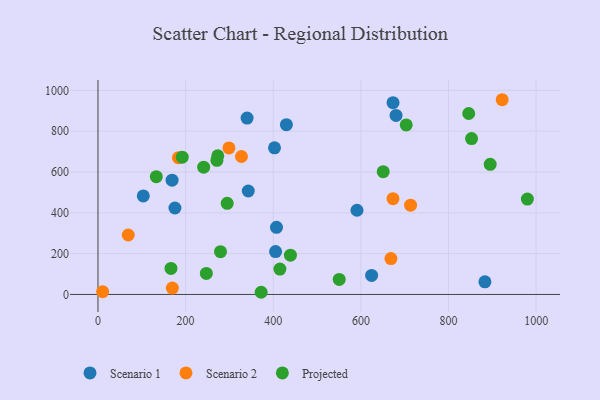
{"axis": {"x": "Speed", "y": "Exam Score"}, "legend": ["Projected", "Scenario 1", "Scenario 2"], "data": [{"x": "405.3", "y": 209.9, "type": "Scenario 1"}, {"x": "169.1", "y": 560.1, "type": "Scenario 1"}, {"x": "103.4", "y": 482.8, "type": "Scenario 1"}, {"x": "673.4", "y": 939.5, "type": "Scenario 1"}, {"x": "175.6", "y": 423.7, "type": "Scenario 1"}, {"x": "883.1", "y": 61.8, "type": "Scenario 1"}, {"x": "343.0", "y": 507.0, "type": "Scenario 1"}, {"x": "402.9", "y": 718.3, "type": "Scenario 1"}, {"x": "591.1", "y": 412.6, "type": "Scenario 1"}, {"x": "407.4", "y": 329.0, "type": "Scenario 1"}, {"x": "680.3", "y": 877.5, "type": "Scenario 1"}, {"x": "430.0", "y": 831.7, "type": "Scenario 1"}, {"x": "624.5", "y": 93.3, "type": "Scenario 1"}, {"x": "340.3", "y": 864.4, "type": "Scenario 1"}, {"x": "673.3", "y": 469.3, "type": "Scenario 2"}, {"x": "10.6", "y": 13.8, "type": "Scenario 2"}, {"x": "713.4", "y": 437.7, "type": "Scenario 2"}, {"x": "922.5", "y": 954.2, "type": "Scenario 2"}, {"x": "69.1", "y": 291.4, "type": "Scenario 2"}, {"x": "327.5", "y": 676.0, "type": "Scenario 2"}, {"x": "298.9", "y": 718.0, "type": "Scenario 2"}, {"x": "668.6", "y": 175.9, "type": "Scenario 2"}, {"x": "183.7", "y": 670.3, "type": "Scenario 2"}, {"x": "169.7", "y": 31.2, "type": "Scenario 2"}, {"x": "439.2", "y": 192.3, "type": "Projected"}, {"x": "133.1", "y": 577.0, "type": "Projected"}, {"x": "703.5", "y": 830.7, "type": "Projected"}, {"x": "273.4", "y": 679.2, "type": "Projected"}, {"x": "271.4", "y": 657.2, "type": "Projected"}, {"x": "166.6", "y": 127.6, "type": "Projected"}, {"x": "247.3", "y": 103.2, "type": "Projected"}, {"x": "192.3", "y": 672.6, "type": "Projected"}, {"x": "415.2", "y": 124.5, "type": "Projected"}, {"x": "294.9", "y": 446.8, "type": "Projected"}, {"x": "279.6", "y": 209.7, "type": "Projected"}, {"x": "372.4", "y": 10.7, "type": "Projected"}, {"x": "846.1", "y": 886.6, "type": "Projected"}, {"x": "550.6", "y": 73.5, "type": "Projected"}, {"x": "980.0", "y": 467.4, "type": "Projected"}, {"x": "895.1", "y": 637.6, "type": "Projected"}, {"x": "241.2", "y": 623.5, "type": "Projected"}, {"x": "852.6", "y": 763.8, "type": "Projected"}, {"x": "651.0", "y": 601.4, "type": "Projected"}]}